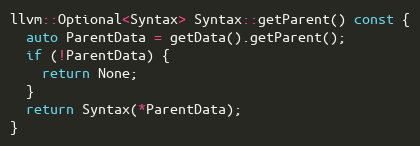
Language: C++
llvm::Optional<Syntax> Syntax::getParent() const {
  auto ParentData = getData().getParent();
  if (!ParentData) {
    return None;
  }
  return Syntax(*ParentData);
}